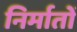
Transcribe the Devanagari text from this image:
निर्मातों